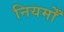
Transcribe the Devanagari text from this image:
नियमोँ